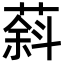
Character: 䔑